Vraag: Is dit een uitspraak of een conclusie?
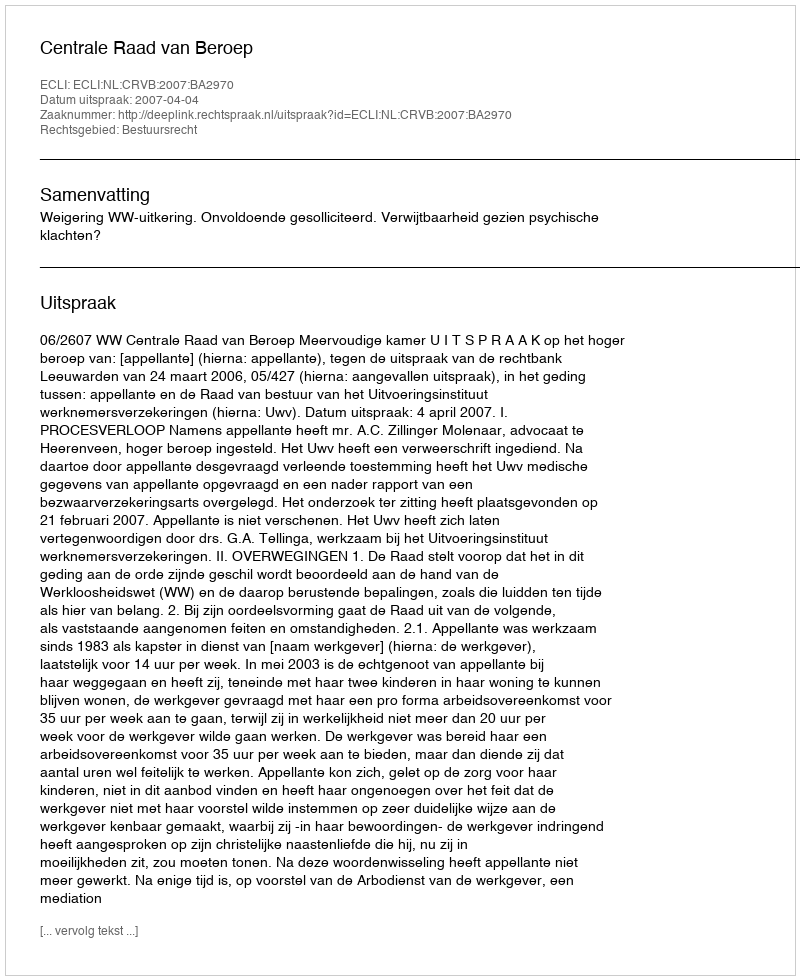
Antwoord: Uitspraak